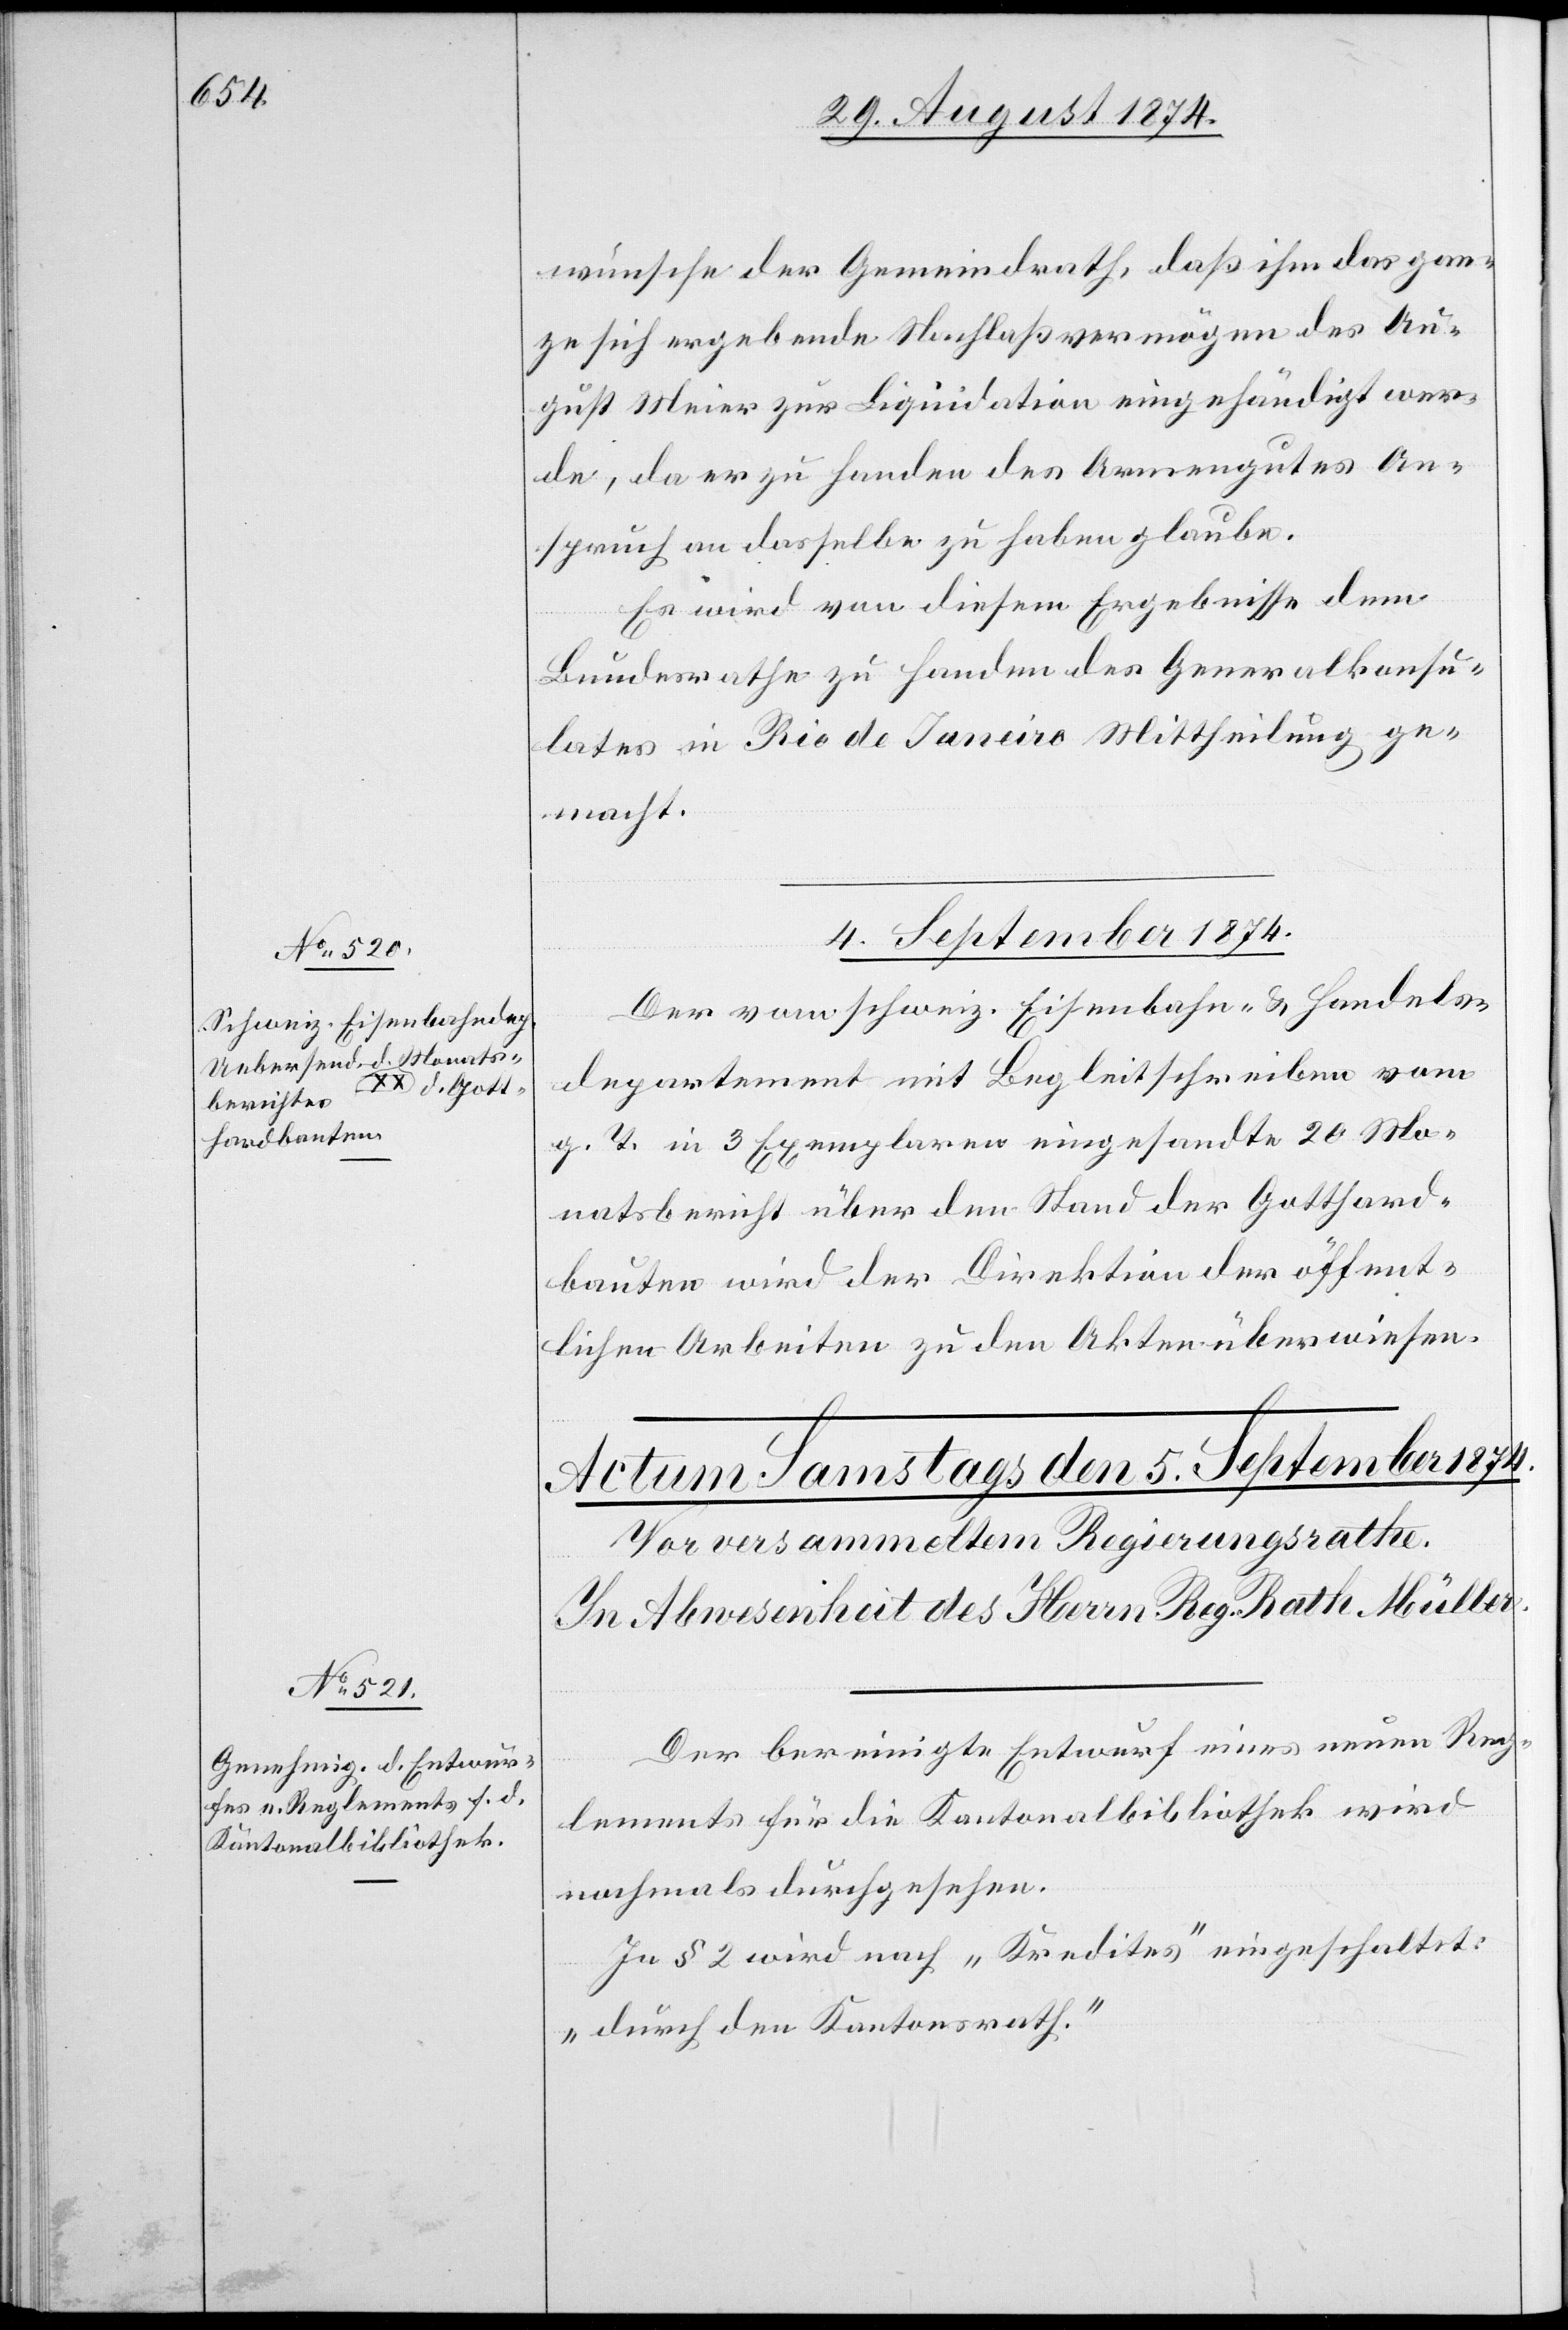
wünsche der Gemeindrath, daß ihm das gan¬
ze sich ergebende Nachlaßvermögen des Au¬
gust Meier zur Liquidation eingehändigt wer¬
de, da er zu Handen des Armengutes An¬
spruch an dasselbe zu haben glaube.
Es wird von diesem Ergebnisse dem
Bundesrathe zu Handen des Generalkonsu¬
lates in Rio de Janeiro Mittheilung ge¬
macht.
4. September 1874.
Der vom schweiz. Eisenbahn- u. Handels¬
departement mit Begleitschreiben vom
g. T. in 3 Exemplaren eingesandte 20. Mo¬
natsbericht über den Stand der Gotthard¬
bauten wird der Direktion der öffent¬
lichen Arbeiten zu den Akten überwiesen.
Der bereinigte Entwurf eines neuen Reg¬
lements für die Kantonalbibliothek wird
nochmals durchgesehen.
In § 2 wird nach „Kredites“ eingeschaltet:
„durch den Kantonsrath.“